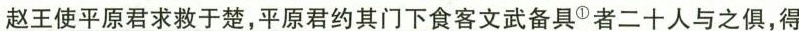
赵王使平原君求救于楚，平原君约其门下食客文武备具^{①}者二十人与之俱，得